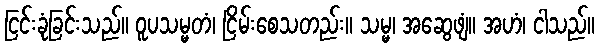
ငြင်းခုံခြင်းသည်။ ဝူပသမ္မတံ၊ ငြိမ်းစေသတည်း။ သမ္မ၊ အဆွေဖျံ။ အဟံ၊ ငါသည်။